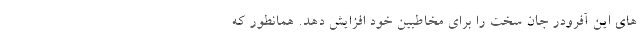
های این آفرودر جان سخت را برای مخاطبین خود افزایش دهد. همانطور که